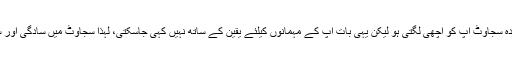
ممکن ہے کہ ضرورت سے زیادہ سجاوٹ آپ کو اچھی لگتی ہو لیکن یہی بات آپ کے مہمانوں کیلئے یقین کے ساتھ نہیں کہی جاسکتی، لہٰذا سجاوٹ میں سادگی اور سنجیدگی کے اصولوں کو اپنائیں۔